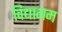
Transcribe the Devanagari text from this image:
विद्यागम